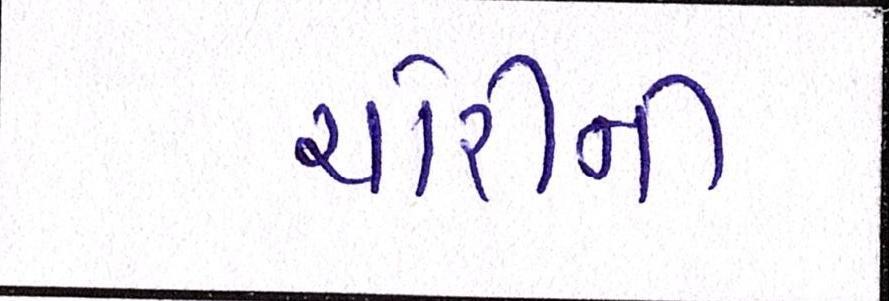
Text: ચોરીની